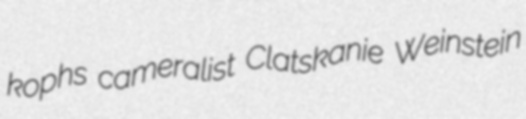
kophs cameralist Clatskanie Weinstein